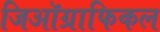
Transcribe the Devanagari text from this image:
जिऑग्राफिकल